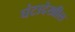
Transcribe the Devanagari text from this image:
घंटादेखील